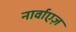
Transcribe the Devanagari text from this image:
नार्वाएज़